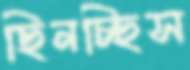
ছিনচ্ছিস